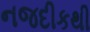
નજદીકથી